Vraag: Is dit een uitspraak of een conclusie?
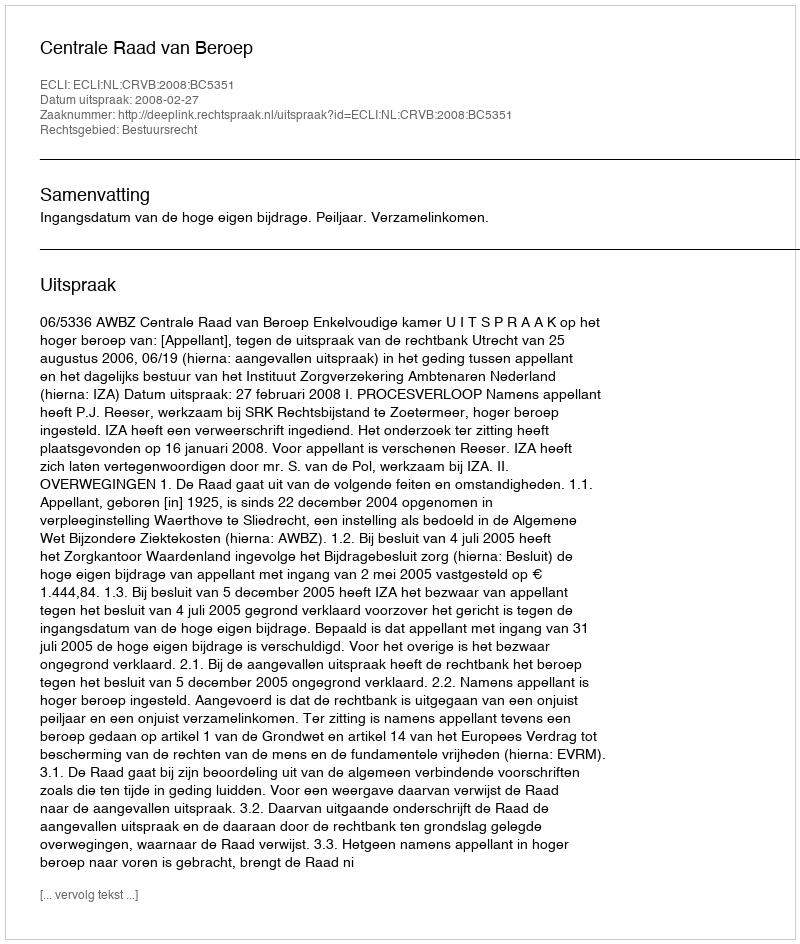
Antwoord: Uitspraak